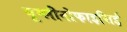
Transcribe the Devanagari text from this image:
यूग्लीनोफाइसिई